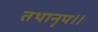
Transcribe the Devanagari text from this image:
तथानृप॥